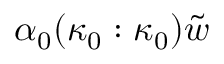
\alpha _ { 0 } ( \kappa _ { 0 } : \kappa _ { 0 } ) \tilde { w }